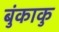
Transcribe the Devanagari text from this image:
बुंकाकु